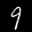
Label: 9